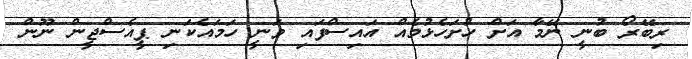
ރިބޭރޯ ބުނީ ނޭމާ އަށް ހުށަހެޅުމެއް އައިސްފައި ވަނީ ހަމައެކަނި ޕީއެސްޖީން ނޫން